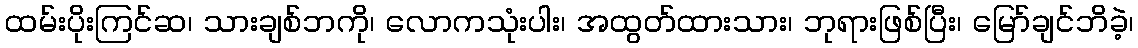
ထမ်းပိုးကြင်ဆ၊ သားချစ်ဘကို၊ လောကသုံးပါး၊ အထွတ်ထားသား၊ ဘုရားဖြစ်ပြီး၊ မြော်ချင်ဘိခဲ့၊